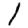
Digit: 1